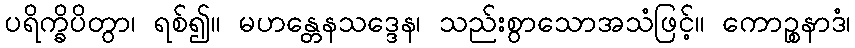
ပရိက္ခိပိတွာ၊ ရစ်၍။ မဟန္တေနသဒ္ဒေန၊ သည်းစွာသောအသံဖြင့်။ ကောဉ္စနာဒံ၊